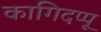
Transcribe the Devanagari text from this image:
कागिदप्पू